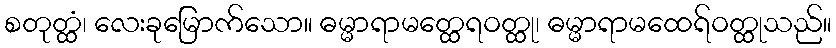
စတုတ္ထံ၊ လေးခုမြောက်သော။ ဓမ္မာရာမတ္ထေရဝတ္ထု၊ ဓမ္မာရာမထေရ်ဝတ္ထုသည်။